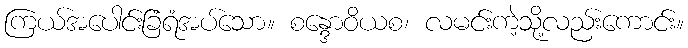
ကြယ်အပေါင်းခြံရံအပ်သော။ စန္ဒောဝိယစ၊ လမင်းကဲ့သို့လည်းကောင်း။